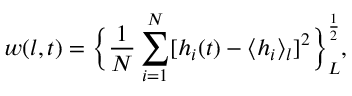
w ( l , t ) = \bigg \lbrace \frac { 1 } { N } \sum _ { i = 1 } ^ { N } [ h _ { i } ( t ) - \langle h _ { i } \rangle _ { l } ] ^ { 2 } \bigg \rbrace _ { L } ^ { \frac { 1 } { 2 } } ,